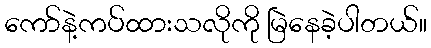
ကော်နဲ့ကပ်ထားသလိုကို မြဲနေခဲ့ပါတယ်။